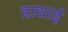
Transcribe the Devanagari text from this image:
हाद्याई